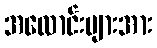
အလောင်းများအား